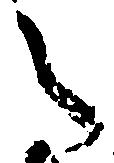
之